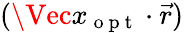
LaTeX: (\Vec{x}_{\mathrm{~o~p~t~}}\cdot\vec{r})